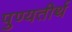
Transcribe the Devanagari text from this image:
पुण्यतीर्थ